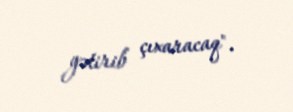
gətirib çıxaracaq".